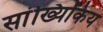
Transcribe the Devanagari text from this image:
सांख्यिकिय